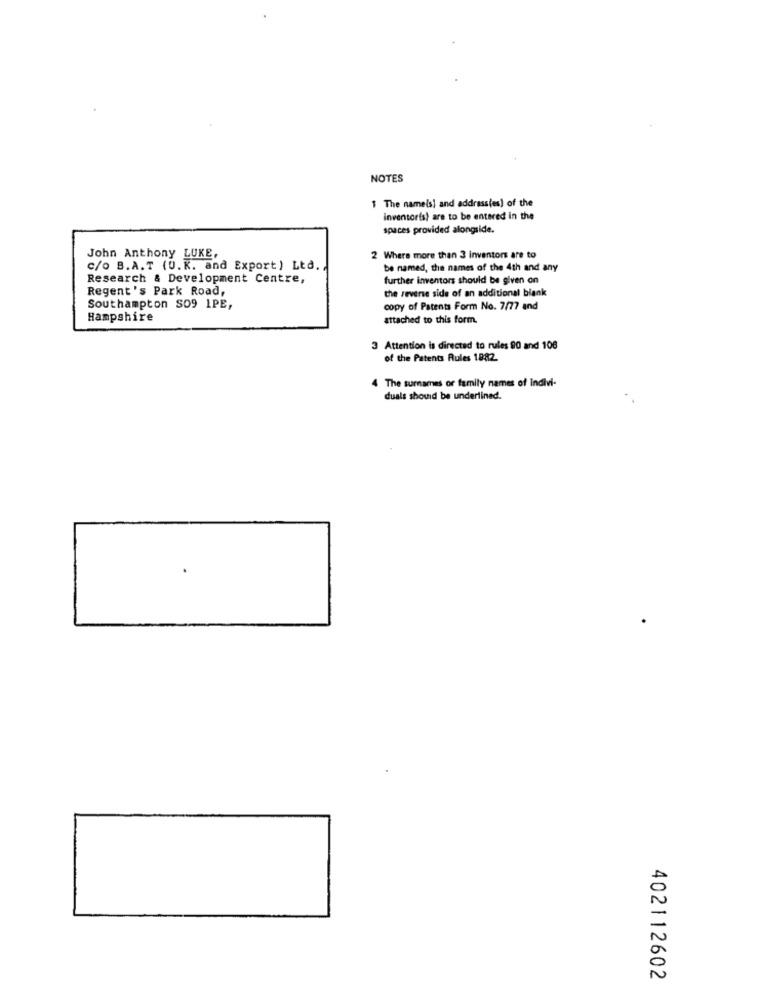
NOTES
1 The nameis! and address(es) of the
inventoris) are to be entered in the
spaces provided alongside.
John Anthony LUKE,
2 Where more than 3 inventors are to
C/O B.A.T (U.K. and Export) Ltd. ,
be named, the names of the 4th and any
Research & Development Centre,
further inventors should be given on
Regent's Park Road,
the reverse side of an additional blank
Southampton SO9 1PE,
copy of Patents Form No. 7/77 and
Hampshire
attached to this form.
3 Attention is directed to rules 80 and 108
of the Patents Rules 1882
4 The surnames or family names of Indivi-
duals should be underlined.
402112602